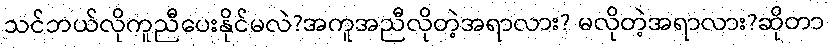
သင်ဘယ်လိုကူညီပေးနိုင်မလဲ?အကူအညီလိုတဲ့အရာလား? မလိုတဲ့အရာလား?ဆိုတာ